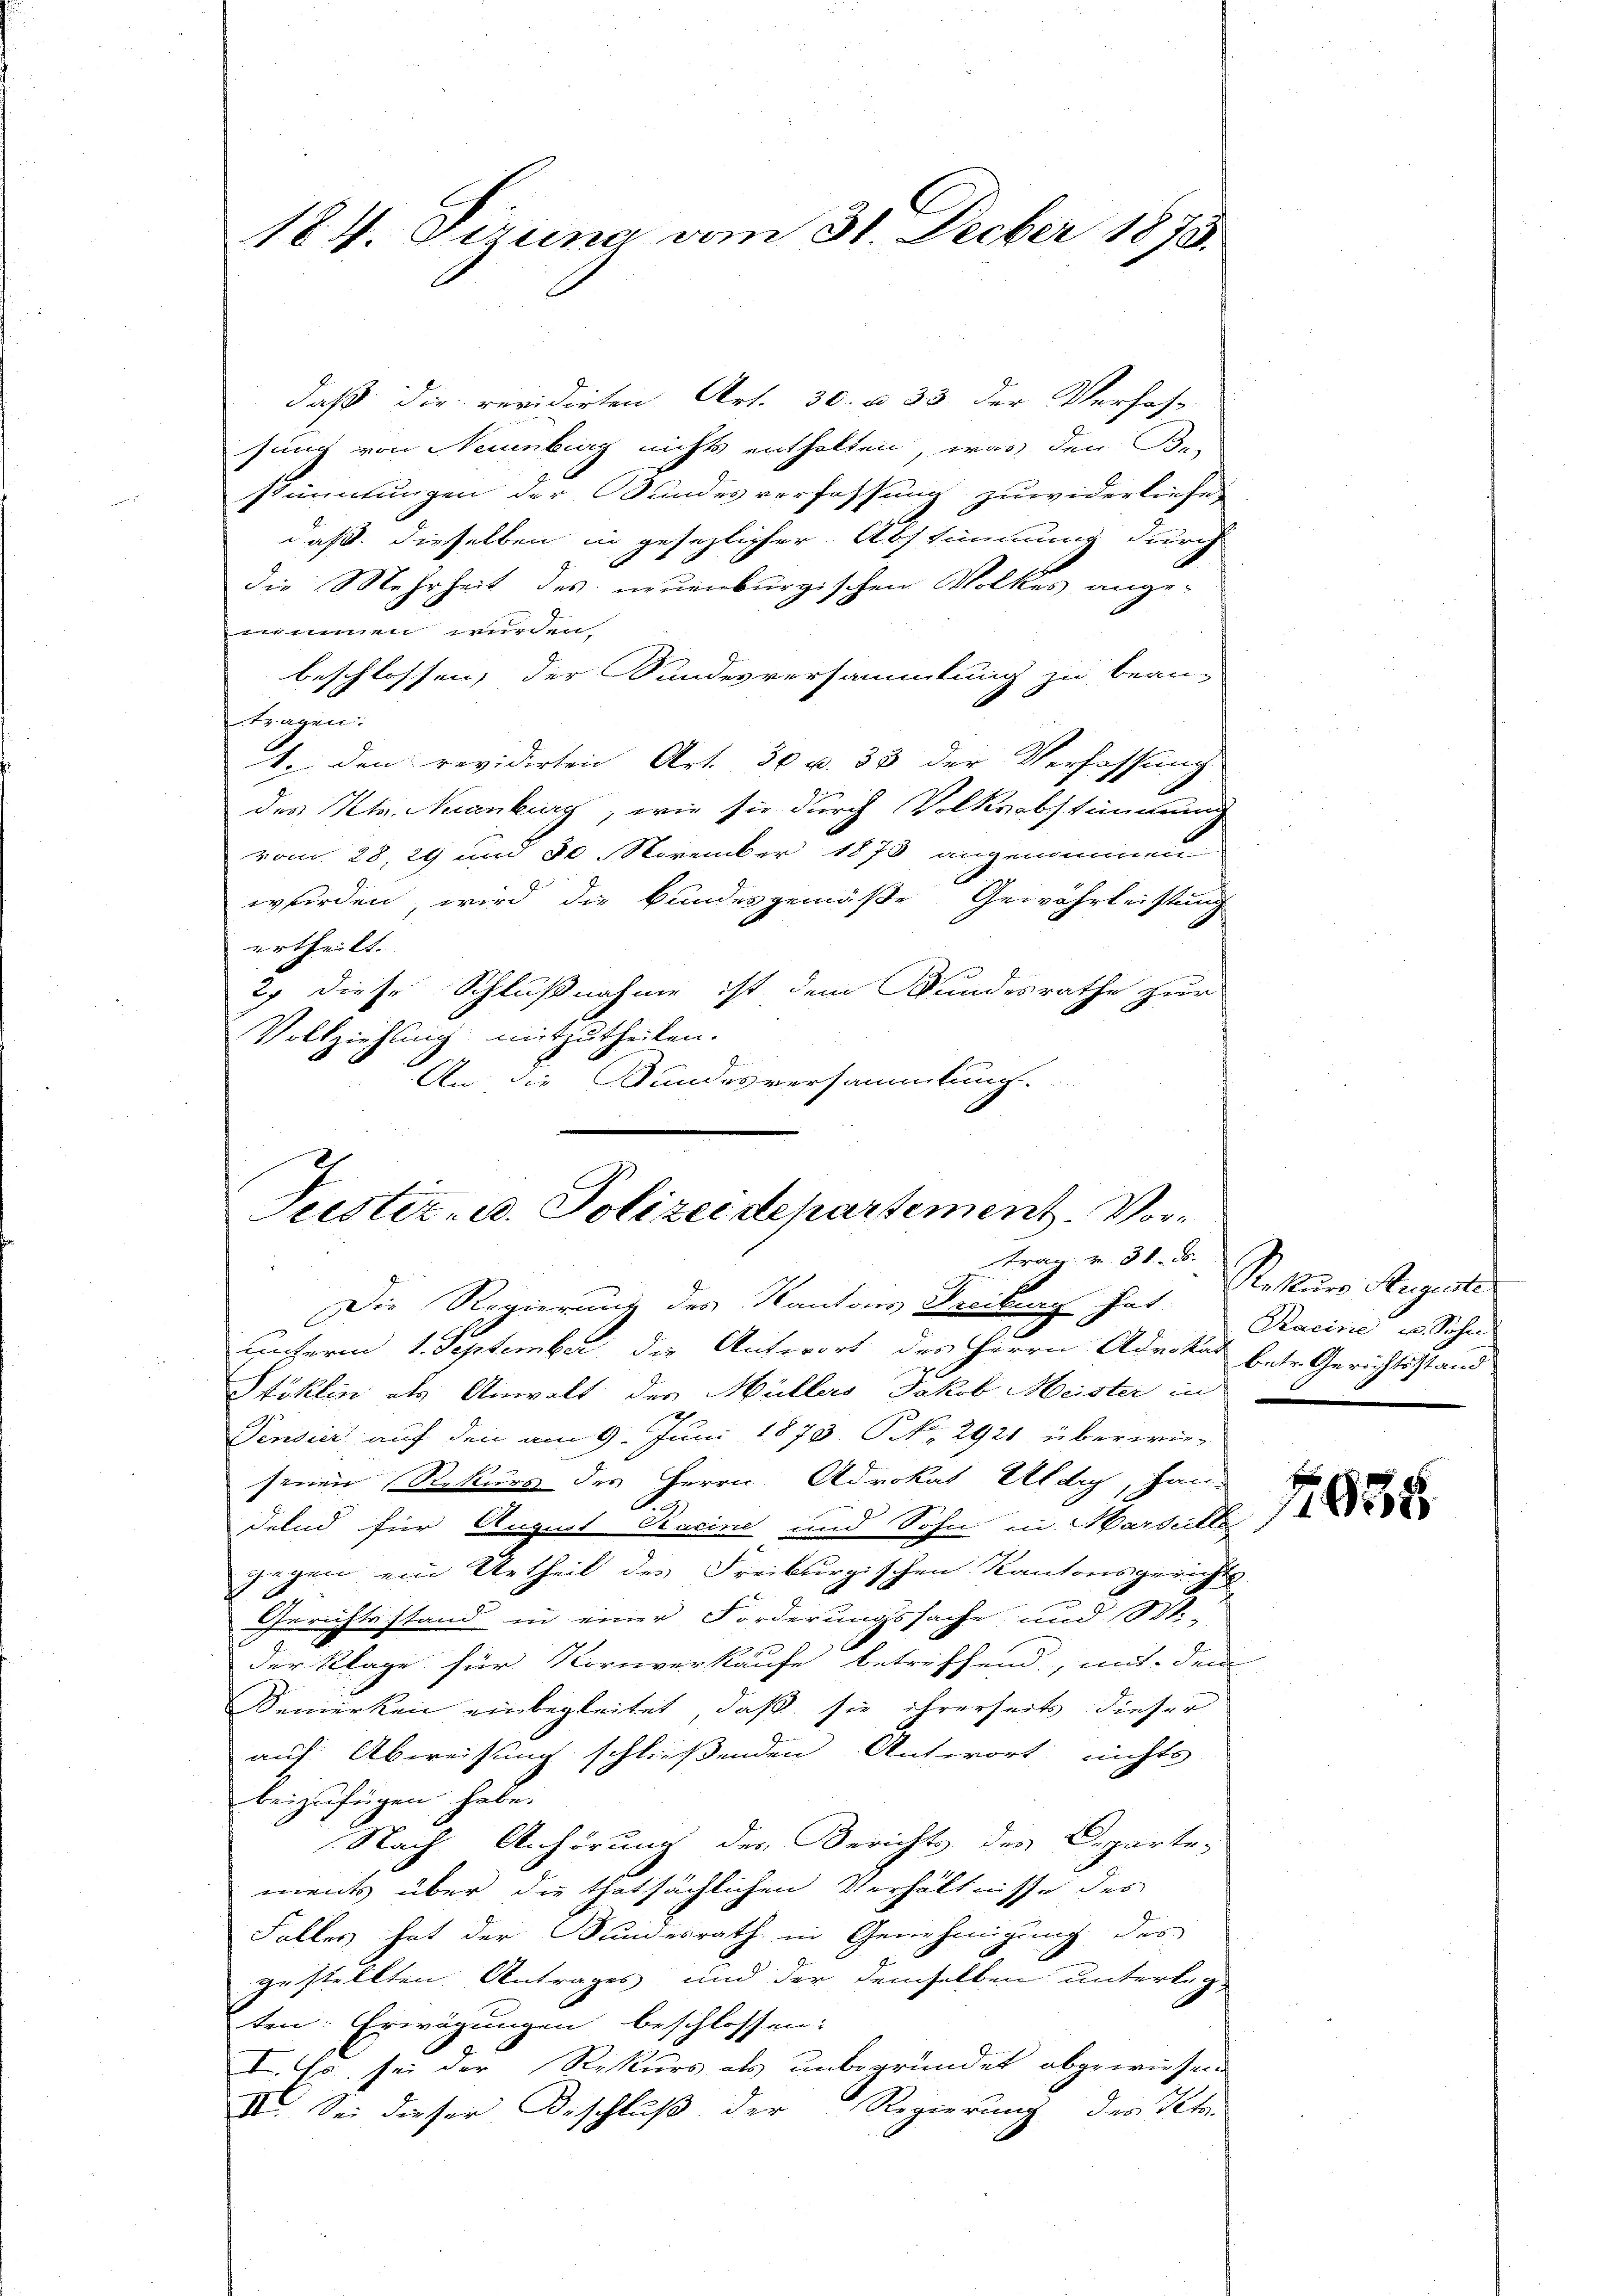
184. Dezuna vom 31. Decber 1875

daß die revidirten Art. 30. à 33 der Verfas-
sung von Neuenburg nichts enthalten, was den Be-
stimmungen der Bundesverfassung zuwiderliefe
daß dieselben in gesezlicher Abstimmung durch
die Mehrheit des neuenburgischen Volkes ange-
nommen wurden,
beschlossen, der Sundesversammlung zu bean-
tragen:
1. den revidirten Art. 30 u. 33 der Verfassung
des Kts. Nuanburg, wie sie durch Volksabstimmung
vom 28. 29 und 30. November 1873 angenommen
wurden, wird die Bundesgemäße Gewährleistung
ertheilt.
2. diese Schlußnahme ist dem Bundesrathe zur
Vollziehung mitzutheilen.
An die Bundesversammlung.

Justiz- u. Polizeidepartement. Vortrag v. 31. ds.

Die Regierung des Kantons Freiburg hat
unserm 1. September der Antwort des Herrn Advokat betr. Gerichtsstand
Stiklin als Anwalt des Müllers Jakob Meister in
Vendier auf den am 9. Juni 1873 NNo. 2921 überwie-
senen Rekurs des Herrn Advokat Altag, Handelnd für Augens Ravine und Sohn in Marticle 1
gegen ein Urtheil des Freiburgischen Kantonsgerichts
Gerichtsstand in einer Forderungssache und 100.
der Klage für Kornverkaufe betreffend, mit dem
Bemerken einbegleitet, daß sie ihrerheits dieser
auf Abweisung schließenden Antwort nichts
beizufügen habe.
Nach Anhörung der Berichts des Departe-
ments über die thatsächlichen Verhältnisse des
Falles hat der Bundesrath in Genehmigung des
gestellten Antrages und der demselben unterleg-
ten. Erwägungen beschlossen:
I. Es sei der Rekurs als unbegründet abgewiesen
II. Sei dieser Beschluß der Regierung des Kts.

Rekurs Registe
Pacine, u. Sohn